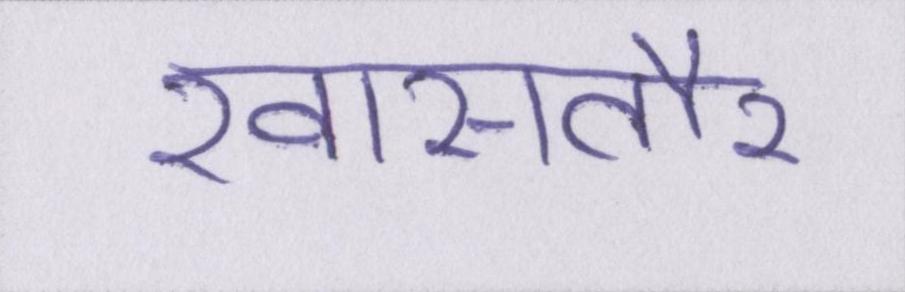
खासतौर